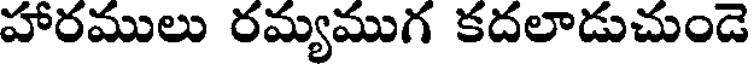
హారములు రమ్యముగ కదలాడుచుండె